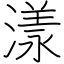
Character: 漾